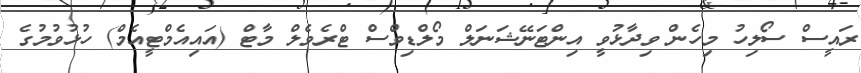
ރައީސް ސޯލިހު މިހެން ވިދާޅުވީ އިންޓަނޭޝަނަލް މޯލްޑިވްސް ޓްރެވެލް މާޓް (އައިއެމްޓީއެމް) ހުޅުވުމުގެ